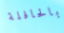
بالحافلة